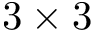
3 \times 3